Medical and sanitary report of the native army of Madras for the year
Year: 1872
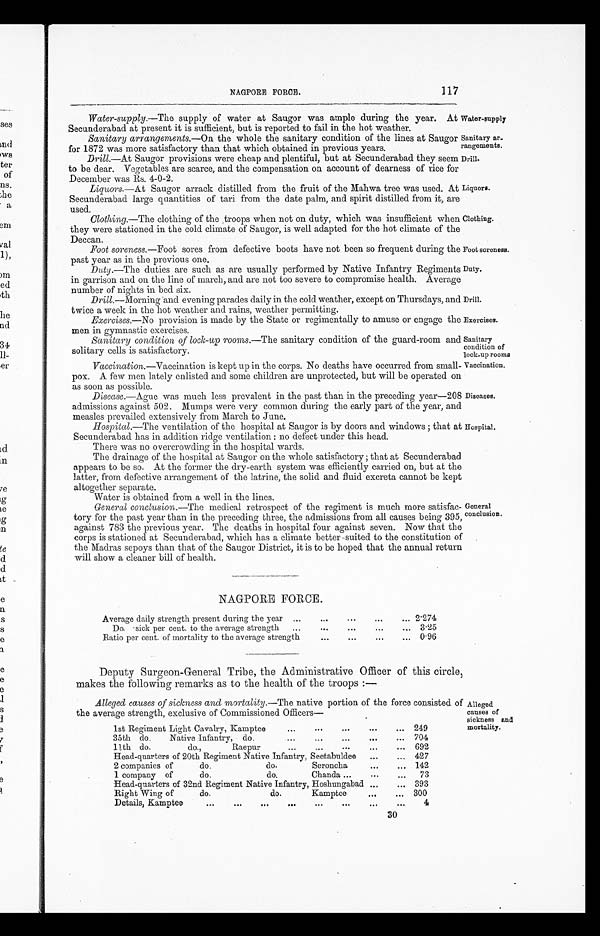
NAGPORE FORCE.
117
Water-supply .—The supply of water at Saugor was ample during the year. At
Secunderabad at present it is sufficient, but is reported to fail in the hot weather.
Sanitary arrangements .—On the whole the sanitary condition of the lines at Saugor
for 1872 was more satisfactory than that which obtained in previous years.
Drill.—At Saugor provisions were cheap and plentiful, but at Secunderabad they seem
to be dear. Vegetables are scarce, and the compensation on account of dearness of rice for
December was Rs. 4-0-2.
Liquors.—At Saugor arrack distilled from the fruit of the Mahwa tree was used. At
Secunderabad large quantities of tali from the date palm, and spirit distilled from it, are
used.
Clothing.—The clothing of the , troops when not on duty, which was insufficient when
they were stationed in the cold climate of Saugor, is well adapted for the hot climate of the
Deccan.
Foot soreness.—Foot sores from defective boots have not been so frequent during the
past year as in the previous one.
Duty .—The duties are such as are usually performed by Native Infantry Regiments
in garrison and on the line of march, and are not too severe to compromise health. Average
number of nights in bed six.
Drill.—Morning and evening parades daily in the cold weather, except on Thursdays, and
twice a week in the hot weather and rains, weather permitting.
Exercises .—No provision is made by the State or regimentally to amuse or engage the
men in gymnastic exercises.
Sanitary condition, of lock-up rooms .—The sanitary condition of the guard-room and
solitary cells is satisfactory.
Vaccination .—Vaccination is kept up in the corps. No deaths have occurred from small-
pox. A few men lately enlisted and some children are unprotected, but will be operated on
as soon as possible.
Disease .—Ague was much less prevalent in the past than in the preceding year—208
admissions against 502. Mumps were very common during the early part of the year, and
measles prevailed extensively from March to June.
Hospital .—The ventilation of the hospital at Saugor is by doors and windows ; that at
Secunderabad has in addition ridge ventilation : no defect under this head.
There was no overcrowding in the hospital wards.
The drainage of the hospital at Saugor on the whole satisfactory ; that at Secunderabad
appears to be so. At the former the dry-earth system was efficiently carried on, but at the
latter, from defective arrangement of the latrine, the solid and fluid excreta cannot be kept
altogether separate.
Water is obtained from a well in the lines.
General conclusion .—The medical retrospect of the regiment is much more satisfac
¬ t o r y f o r t h e p a s t y e a r t h a n i n t h e p r e c e d i n g t h r e e , t h e a d m i s s i o n s f r o m a l l c a u s e s b e i n g 3 9 5
against 783 the previous year. The deaths in hospital four against seven. Now that the
corps is stationed at Secunderabad, which has a climate better suited to the constitution of
the Madras sepoys than that of the Saugor District, it is to be hoped that the annual return
will show a cleaner bill of health.
Water-supply
Sanitary ar-
rangements.
Drill.
Liquors.
Clothing.
Foot soreness.
Duty.
Drill.
Exercises.
Sanitary
condition of
lock-up rooms
Vaccination.
Diseases.
Hospital.
General
conclusion.
NAGPORE FORCE.
Average daily strength present during the year
2.274
Do. sick per cent. to the average strength
3.25
Ratio per cent. of mortality to the average strength
0.96
1st Regiment Light Cavalry, Kamptee
249
35th do. Native Infantry, do.
704
11th do. do., Raepur
692
Head-quarters of 20th Regiment Native Infantry, Seetabuldee
427
2 companies of do. do. Seroncha
142
1 company of do. do. Chanda
73
Head-quarters of 32nd Regiment Native Infantry, Hoshungabad
393
Right Wing of do. do. Kamptee
300
Details, Kamptee
4
Alleged
causes of
sickness and
mortality.
Deputy Surgeon-General. Tribe, the Administrative Officer of this circle,
makes the following remarks as to the health of the troops :—
Alleged causes of sickness and mortality .—The native portion of the force consisted of
the average strength, exclusive of Commissioned Officers
30